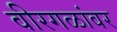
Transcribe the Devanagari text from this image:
वीरगळांवर